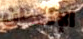
الإنسان